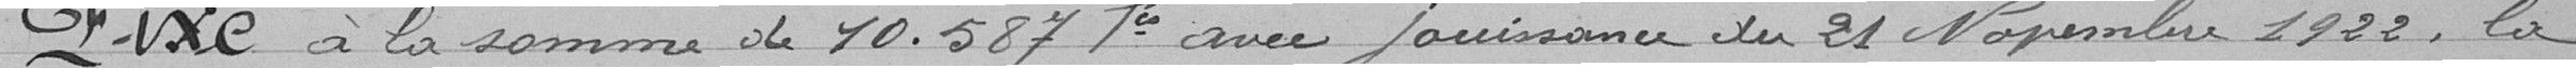
Fixe à la somme de 10.587 francs avec jouissance du 21 Novembre 1922, la